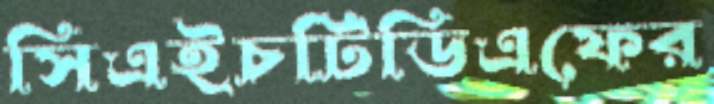
সিএইচটিডিএফের